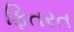
ફિતરત